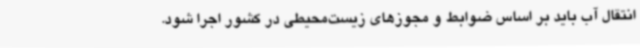
انتقال آب باید بر اساس ضوابط و مجوزهای زیست‌محیطی در کشور اجرا شود.